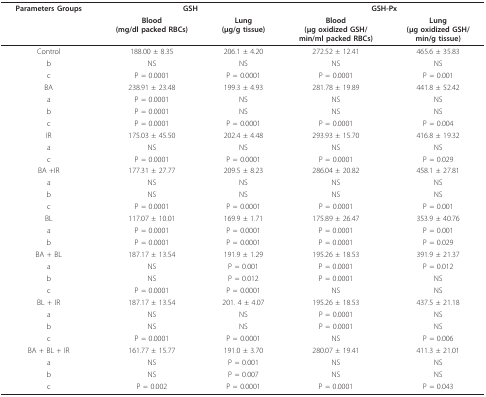
<table><thead><tr><td><b>Parameters Groups</b></td><td colspan="2"><b>GSH</b></td><td colspan="2"><b>GSH-Px</b></td></tr><tr><td></td><td><b>Blood(mg/dl packed RBCs)</b></td><td><b>Lung(μg/g tissue)</b></td><td><b>Blood(μg oxidized GSH/min/ml packed RBCs)</b></td><td><b>Lung(μg oxidized GSH/min/g tissue)</b></td></tr></thead><tbody><tr><td>Control</td><td>188.00 ± 8.35</td><td>206.1 ± 4.20</td><td>272.52 ± 12.41</td><td>465.6 ± 35.83</td></tr><tr><td>b</td><td>NS</td><td>NS</td><td>NS</td><td>NS</td></tr><tr><td>c</td><td>P = 0.0001</td><td>P = 0.0001</td><td>P = 0.0001</td><td>P = 0.001</td></tr><tr><td>BA</td><td>238.91 ± 23.48</td><td>199.3 ± 4.93</td><td>281.78 ± 19.89</td><td>441.8 ± 52.42</td></tr><tr><td>a</td><td>P = 0.0001</td><td>NS</td><td>NS</td><td>NS</td></tr><tr><td>b</td><td>P = 0.0001</td><td>NS</td><td>NS</td><td>NS</td></tr><tr><td>c</td><td>P = 0.0001</td><td>P = 0.0001</td><td>P = 0.0001</td><td>P = 0.004</td></tr><tr><td>IR</td><td>175.03 ± 45.50</td><td>202.4 ± 4.48</td><td>293.93 ± 15.70</td><td>416.8 ± 19.32</td></tr><tr><td>a</td><td>NS</td><td>NS</td><td>NS</td><td>NS</td></tr><tr><td>c</td><td>P = 0.0001</td><td>P = 0.0001</td><td>P = 0.0001</td><td>P = 0.029</td></tr><tr><td>BA +IR</td><td>177.31 ± 27.77</td><td>209.5 ± 8.23</td><td>286.04 ± 20.82</td><td>458.1 ± 27.81</td></tr><tr><td>a</td><td>NS</td><td>NS</td><td>NS</td><td>NS</td></tr><tr><td>b</td><td>NS</td><td>NS</td><td>NS</td><td>NS</td></tr><tr><td>c</td><td>P = 0.0001</td><td>P = 0.0001</td><td>P = 0.0001</td><td>P = 0.001</td></tr><tr><td>BL</td><td>117.07 ± 10.01</td><td>169.9 ± 1.71</td><td>175.89 ± 26.47</td><td>353.9 ± 40.76</td></tr><tr><td>a</td><td>P = 0.0001</td><td>P = 0.0001</td><td>P = 0.0001</td><td>P = 0.001</td></tr><tr><td>b</td><td>P = 0.0001</td><td>P = 0.0001</td><td>P = 0.0001</td><td>P = 0.029</td></tr><tr><td>BA + BL</td><td>187.17 ± 13.54</td><td>191.9 ± 1.29</td><td>195.26 ± 18.53</td><td>391.9 ± 21.37</td></tr><tr><td>a</td><td>NS</td><td>P = 0.001</td><td>P = 0.0001</td><td>P = 0.012</td></tr><tr><td>b</td><td>NS</td><td>P = 0.012</td><td>P = 0.0001</td><td>NS</td></tr><tr><td>c</td><td>P = 0.0001</td><td>P = 0.0001</td><td>NS</td><td>NS</td></tr><tr><td>BL + IR</td><td>187.17 ± 13.54</td><td>201. 4 ± 4.07</td><td>195.26 ± 18.53</td><td>437.5 ± 21.18</td></tr><tr><td>a</td><td>NS</td><td>NS</td><td>P = 0.0001</td><td>NS</td></tr><tr><td>b</td><td>NS</td><td>NS</td><td>P = 0.0001</td><td>NS</td></tr><tr><td>c</td><td>P = 0.0001</td><td>P = 0.0001</td><td>NS</td><td>P = 0.006</td></tr><tr><td>BA + BL + IR</td><td>161.77 ± 15.77</td><td>191.0 ± 3.70</td><td>280.07 ± 19.41</td><td>411.3 ± 21.01</td></tr><tr><td>a</td><td>NS</td><td>P = 0.001</td><td>NS</td><td>NS</td></tr><tr><td>b</td><td>NS</td><td>P = 0.007</td><td>NS</td><td>NS</td></tr><tr><td>c</td><td>P = 0.002</td><td>P = 0.0001</td><td>P = 0.0001</td><td>P = 0.043</td></tr></tbody></table>